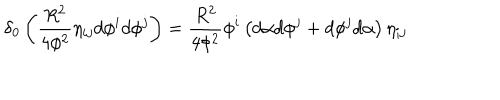
LaTeX: \delta _ { 0 } \left( \frac { R ^ { 2 } } { 4 \phi ^ { 2 } } \eta _ { i j } d \phi ^ { i } d \phi ^ { j } \right) = \frac { R ^ { 2 } } { 4 \phi ^ { 2 } } \phi ^ { i } \left( d \alpha d \phi ^ { j } + d \phi ^ { j } d \alpha \right) \eta _ { i j }